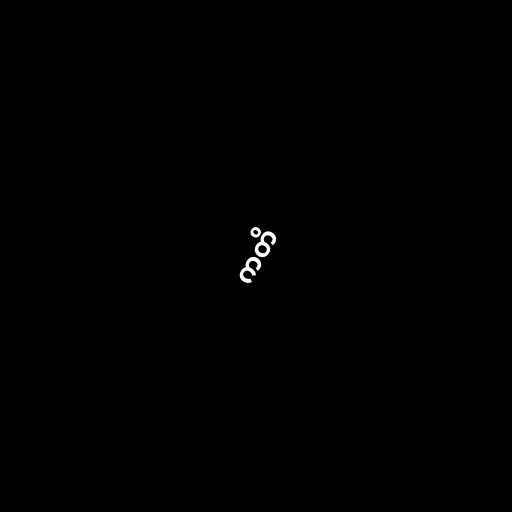
ကတိ